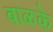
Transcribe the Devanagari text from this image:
बाळके